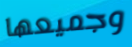
وجميعها